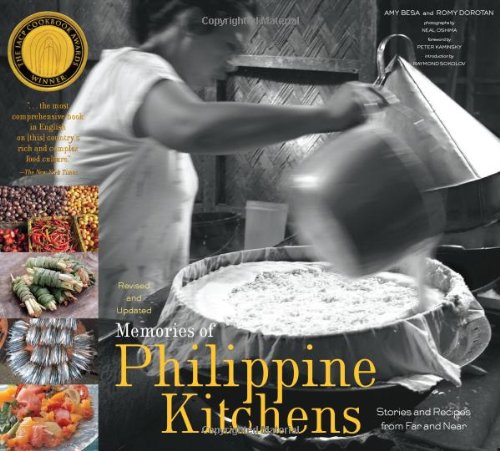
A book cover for Memories of Philippine Kitchens; Amy Besa; Cookbooks, Food & Wine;